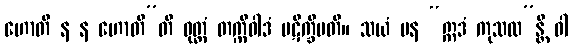
ဟောတိ န န ဟောတီ”တိ ဝုတ္တံ တက္ကီဝါဒံ ပဋိက္ခိပတိ။ သယံ ပန “ဣဒံ ကုသလ”န္တိ ဝါ